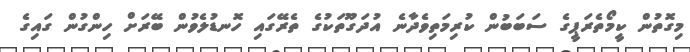
މިގޮތުން ކީމޯތެރަޕީގެ ސަބަބުން ކުރިމަތިވެދާނެ އުދަގޫތަކުގެ ތެރޭގައި ހޮނޑުލެވުން ބޭރަށް ހިންގުން ގައިގެ